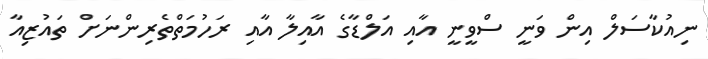
ނިއުކާސަލް އިން ވަނީ ސްވީނީ އާއި އަލްޑާގެ އާއިލާ އާއި ރަހުމަތްތެރިންނަށް ތައުޒިއާ